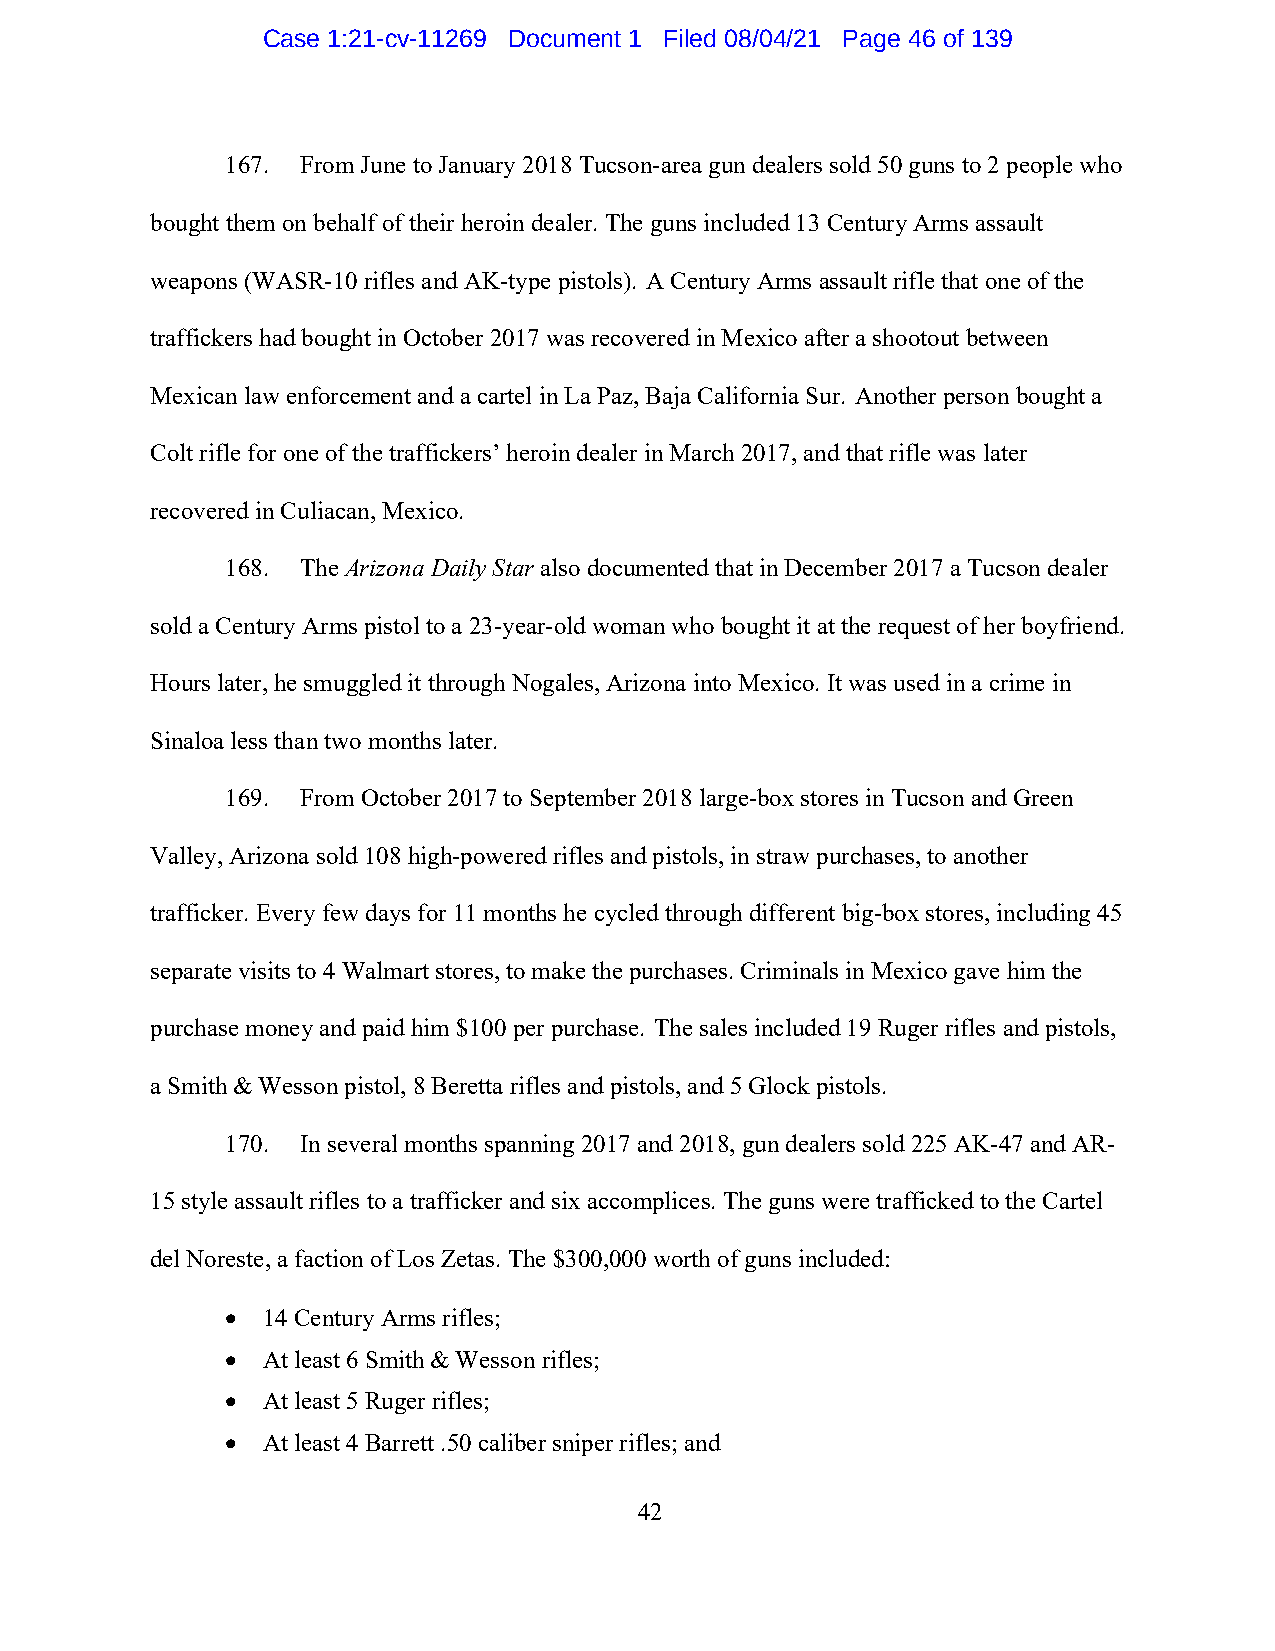
Case 1:21-cv-11269 Document 1 Filed 08/04/21 Page 46 of 139
 167. From June to January 2018 Tucson-area gun dealers sold 50 guns to 2 people who
 bought them on behalf of their heroin dealer. The guns included 13 Century Arms assault
 weapons (WASR-10 rifles and AK-type pistols). A Century Arms assault rifle that one of the
 traffickers had bought in October 2017 was recovered in Mexico after a shootout between
 Mexican law enforcement and a cartel in La Paz, Baja California Sur. Another person bought a
 Colt rifle for one of the traffickers’ heroin dealer in March 2017, and that rifle was later
 recovered in Culiacan, Mexico.
 168. The Arizona Daily Star also documented that in December 2017 a Tucson dealer
 sold a Century Arms pistol to a 23-year-old woman who bought it at the request of her boyfriend.
 Hours later, he smuggled it through Nogales, Arizona into Mexico. It was used in a crime in
 Sinaloa less than two months later.
 169. From October 2017 to September 2018 large-box stores in Tucson and Green
 Valley, Arizona sold 108 high-powered rifles and pistols, in straw purchases, to another
 trafficker. Every few days for 11 months he cycled through different big-box stores, including 45
 separate visits to 4 Walmart stores, to make the purchases. Criminals in Mexico gave him the
 purchase money and paid him $100 per purchase. The sales included 19 Ruger rifles and pistols,
 a Smith & Wesson pistol, 8 Beretta rifles and pistols, and 5 Glock pistols.
 170. In several months spanning 2017 and 2018, gun dealers sold 225 AK-47 and AR-
 15 style assault rifles to a trafficker and six accomplices. The guns were trafficked to the Cartel
 del Noreste, a faction of Los Zetas. The $300,000 worth of guns included:
 • 14 Century Arms rifles;
 • At least 6 Smith & Wesson rifles;
 • At least 5 Ruger rifles;
 • At least 4 Barrett .50 caliber sniper rifles; and
 42